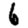
Digit: 6